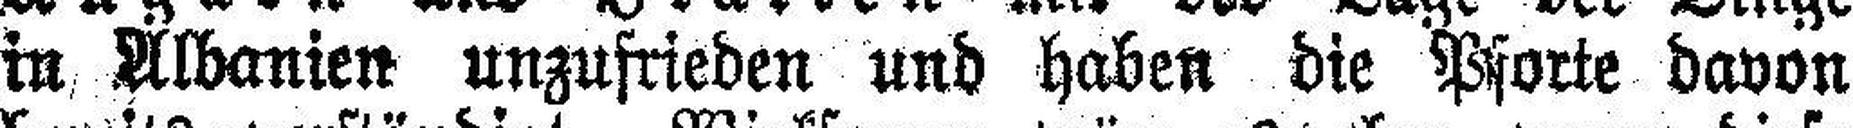
in Albanien unzufrieden und haben die Pforte davon